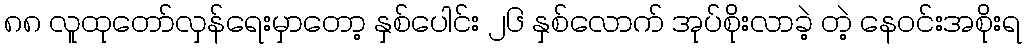
၈၈ လူထုတော်လှန်ရေးမှာတော့ နှစ်ပေါင်း ၂၆ နှစ်လောက် အုပ်စိုးလာခဲ့ တဲ့ နေဝင်းအစိုးရ